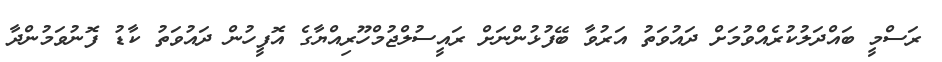
ރަސްމީ ބައްދަލުކުރެއްވުމަށް ދައުވަތު އަރުވާ ބޭފުޅުންނަށް ރައީސުލްޖުމްހޫރިއްޔާގެ އޮފީހުން ދައުވަތު ކާޑު ފޮނުވަމުންދާ